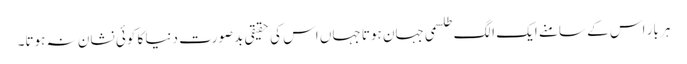
ہر بار اس کے سامنے ایک الگ طلسمی جہان ہوتا جہاں اس کی حقیقی بدصورت دنیا کا کوئی نشان نہ ہوتا۔